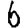
Digit: 6